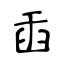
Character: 臿